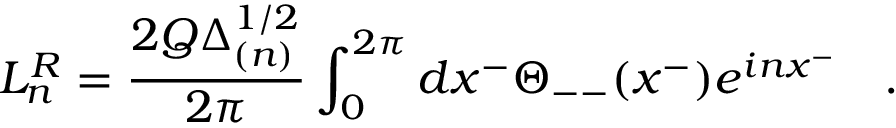
L _ { n } ^ { R } = \frac { 2 Q \Delta _ { ( n ) } ^ { 1 / 2 } } { 2 \pi } \int _ { 0 } ^ { 2 \pi } d x ^ { - } \Theta _ { -- } ( x ^ { - } ) e ^ { i n x ^ { - } } \quad .